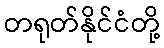
တရုတ်နိုင်ငံတို့